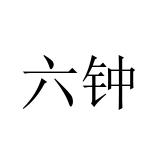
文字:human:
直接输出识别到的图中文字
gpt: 六钟